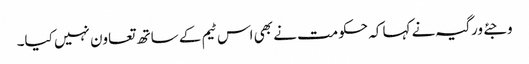
وجئے ورگیہ نے کہا کہ حکومت نے بھی اس ٹیم کے ساتھ تعاون نہیں کیا۔